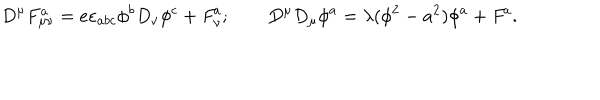
LaTeX: D ^ { \mu } F _ { \mu \nu } ^ { a } = e \varepsilon _ { a b c } \phi ^ { b } D _ { \nu } \phi ^ { c } + { \it F } _ { \nu } ^ { a } ; \qquad D ^ { \mu } D _ { \mu } \phi ^ { a } = \lambda ( \phi ^ { 2 } - a ^ { 2 } ) \phi ^ { a } + { \it F } ^ { a } .